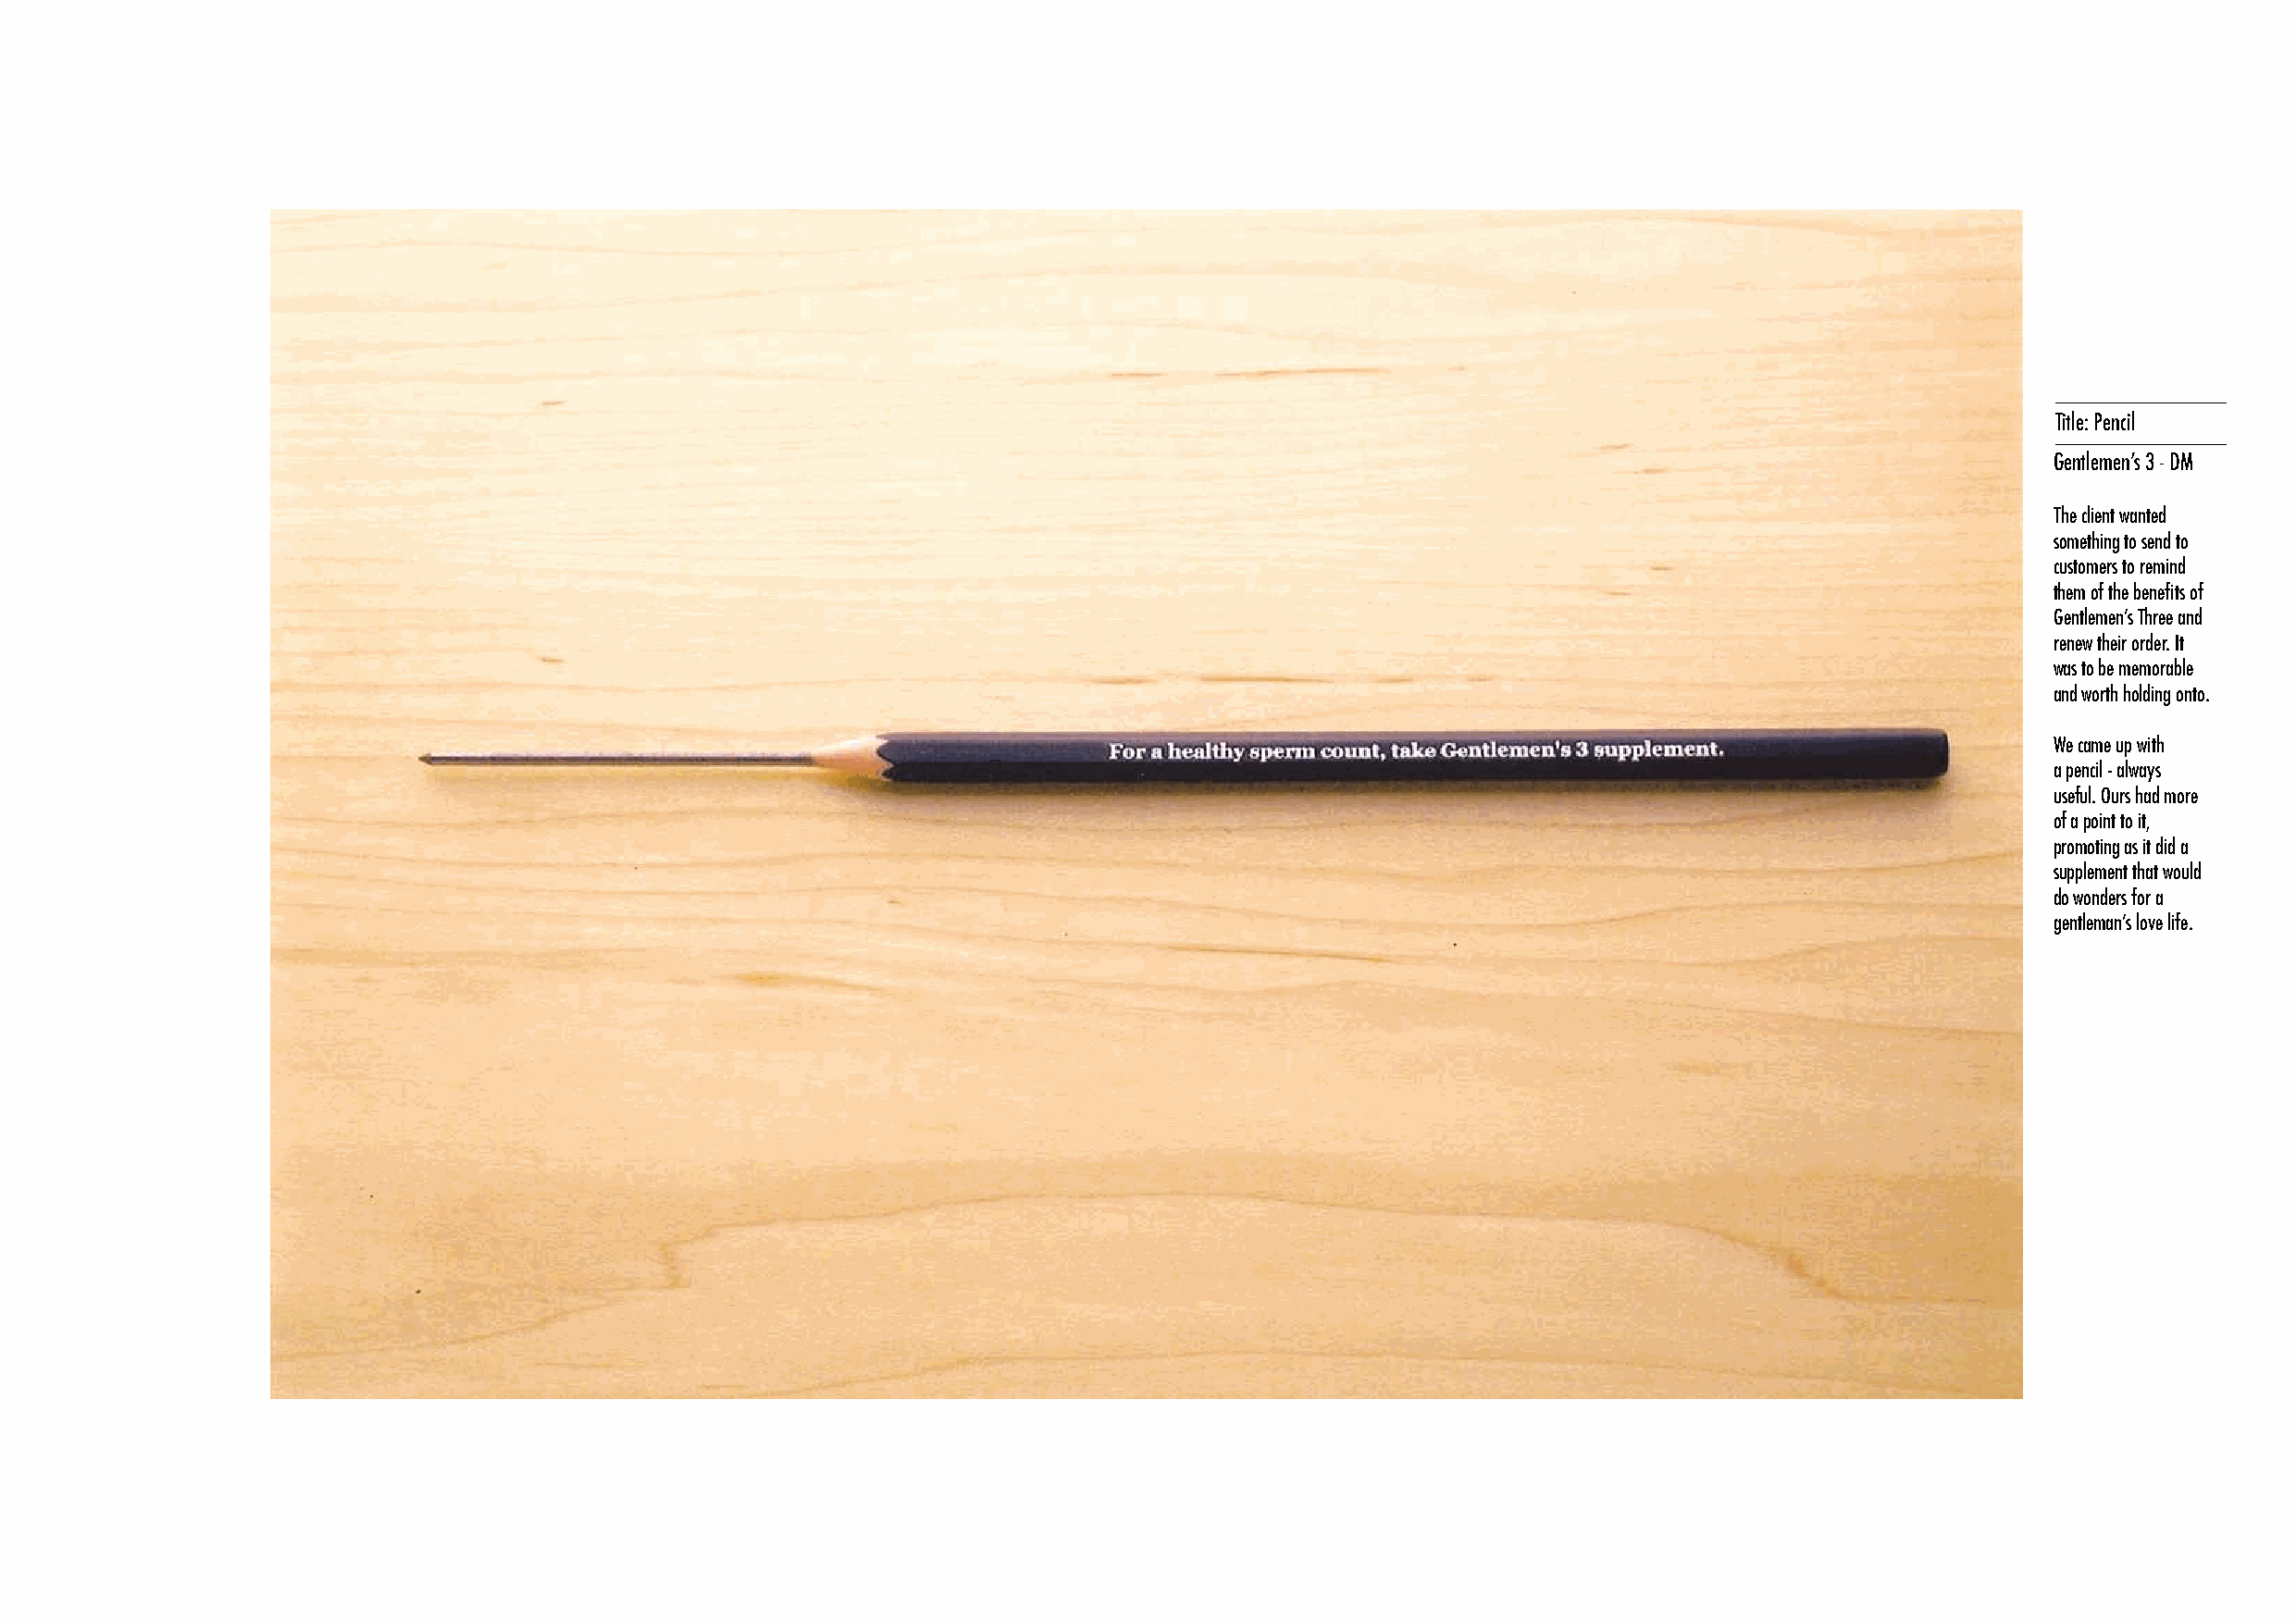
Title: Pencil
 Gentlemen’s 3 - DM
 The client wanted
 something to send to
 customers to remind
 them of the benefits of
 Gentlemen’s Three and
 renew their order. It
 was to be memorable
 and worth holding onto.
 We came up with
 a pencil - always
 useful. Ours had more
 of a point to it,
 promoting as it did a
 supplement that would
 do wonders for a
 gentleman’s love life.